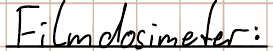
Filmdosimeter: